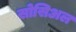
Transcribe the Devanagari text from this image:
सोसिअल